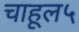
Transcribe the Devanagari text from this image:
चाहूल५